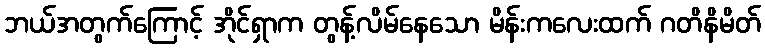
ဘယ်အတွက်ကြောင့် အိုင်ရှာက တွန့်လိမ်နေသော မိန်းကလေးထက် ဂတိနိမိတ်